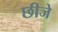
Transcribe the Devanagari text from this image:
छीजे